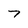
Character: 7